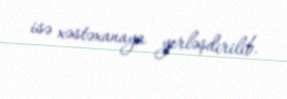
isə xəstəxanaya yerləşdirilib.